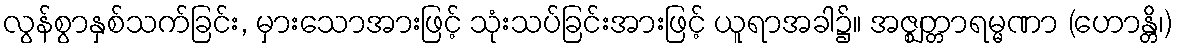
လွန်စွာနှစ်သက်ခြင်း, မှားသောအားဖြင့် သုံးသပ်ခြင်းအားဖြင့် ယူရာအခါ၌။ အဇ္ဈတ္တာရမ္မဏာ (ဟောန္တိ၊)